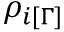
\rho _ { i [ \Gamma ] }